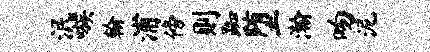
泯嗾翰浦傍则踟堕瀚吻泥